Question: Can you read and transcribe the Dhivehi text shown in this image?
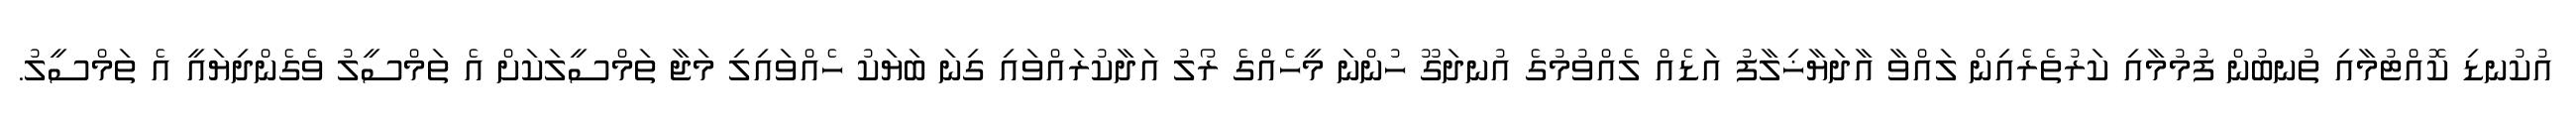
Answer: އުކުނޑި ކޮއްޓުމާއި ތުނބުން ފުމުމާއި ކަރުތެރެއިން ލައްވާ އާދަޔާޚިލާފު އަޑެއް ލެއްވުމުގެ އުނދަގޫ ހުންނަ މީހެއްގެ ރޯލު އަދާކުރައްވައި ގިނަ ބަޔަކު ހެއްވައިލި މަޖާ ތަމްސީލަކަށް އެ ތަމްސީލު ވެގެންދިޔައީ އެ ތަމްސީލު.